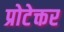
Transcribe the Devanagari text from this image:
प्रोटेक्तर